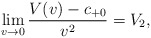
\begin{align*} \lim_{v\rightarrow 0}\frac{V(v)-c_{+0}}{v^2}=V_2,\end{align*}